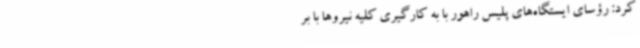
کرد: رؤسای ایستگاه‌های پلیس راهور با به کارگیری کلیه نیروها با بر